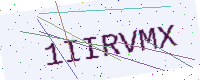
Text: 1IIRVMX